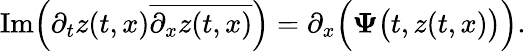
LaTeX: \textnormal{Im}\Big(\partial_{t}z(t,x)\overline{{\partial_{x}z(t,x)}}\Big)=\partial_{x}\Big(\boldsymbol{\Psi}\big(t,z(t,x)\big)\Big).